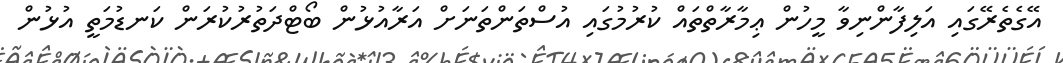
އޭގެތެރޭގައި އަލިފާންނިވާ މީހުން ޢިމާރާތްތައް ކުރުމުގައި އުސްތަންތަނަށް އަރާއުޅުން ބޯޓްދަތުރުކުރަން ކަނޑުމަތީ އުޅުން